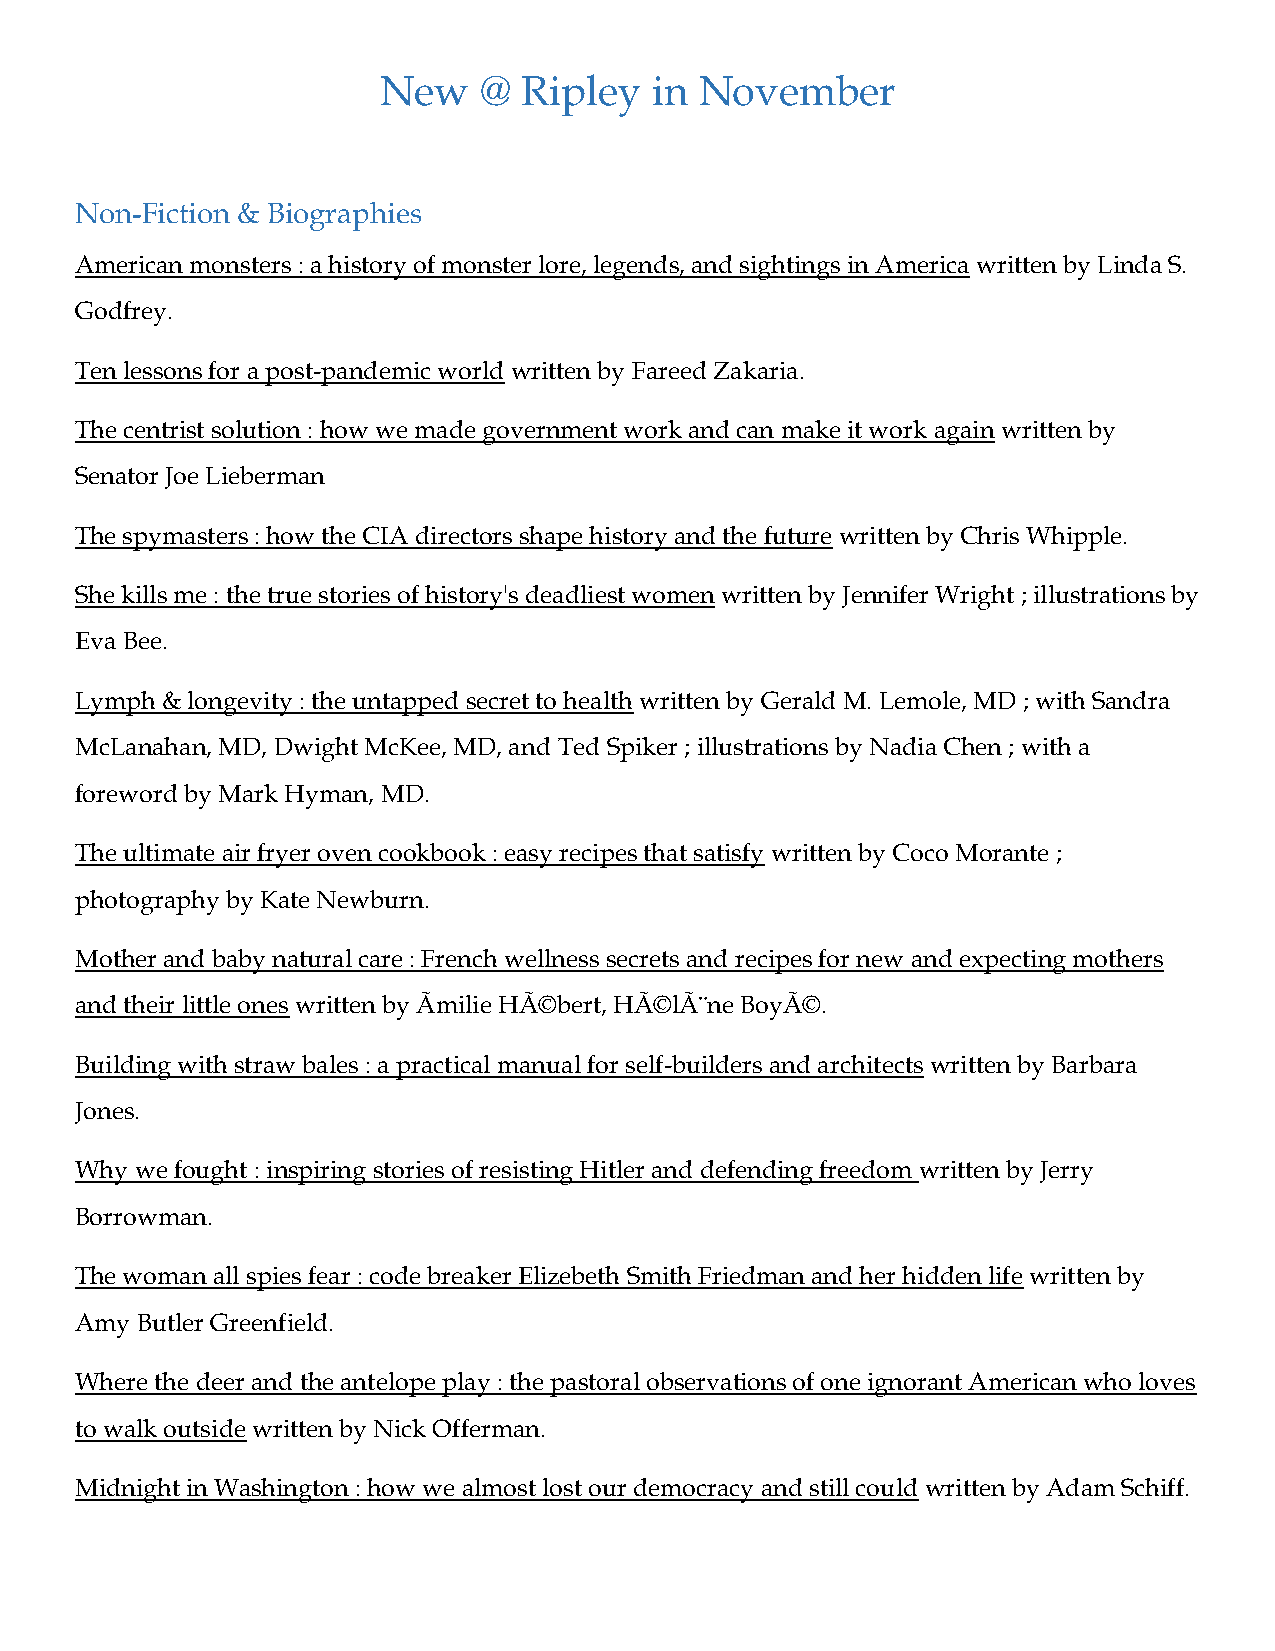
New    @ Ripley   in November
 Non-Fiction & Biographies
 American monsters : a history of monster lore, legends, and sightings in America written by Linda S.
 Godfrey.
 Ten lessons for a post-pandemic world written by Fareed Zakaria.
 The centrist solution : how we made government work and can make it work again written by
 Senator Joe Lieberman
 The spymasters : how the CIA directors shape history and the future written by Chris Whipple.
 She kills me : the true stories of history's deadliest women written by Jennifer Wright ; illustrations by
 Eva Bee.
 Lymph & longevity : the untapped secret to health written by Gerald M. Lemole, MD ; with Sandra
 McLanahan, MD, Dwight McKee, MD, and Ted Spiker ; illustrations by Nadia Chen ; with a
 foreword by Mark Hyman, MD.
 The ultimate air fryer oven cookbook : easy recipes that satisfy written by Coco Morante ;
 photography by Kate Newburn.
 Mother and baby natural care : French wellness secrets and recipes for new and expecting mothers
 and their little ones written by Ãmilie HÃ©bert, HÃ©lÃ¨ne BoyÃ©.
 Building with straw bales : a practical manual for self-builders and architects written by Barbara
 Jones.
 Why we fought : inspiring stories of resisting Hitler and defending freedom written by Jerry
 Borrowman.
 The woman all spies fear : code breaker Elizebeth Smith Friedman and her hidden life written by
 Amy Butler Greenfield.
 Where the deer and the antelope play : the pastoral observations of one ignorant American who loves
 to walk outside written by Nick Offerman.
 Midnight in Washington : how we almost lost our democracy and still could written by Adam Schiff.